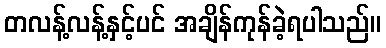
တလန့်လန့်နှင့်ပင် အချိန်ကုန်ခဲ့ရပါသည်။